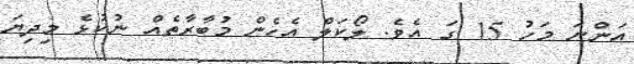
އަންނަ މަހު 15 ގަ އެވެ. ލޯކަލް އެހެން މުބާރާތެއް ނުކުޅެ މިދިޔަ